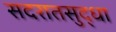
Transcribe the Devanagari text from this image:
सदरातसुद्धा